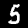
Digit: 5